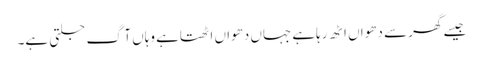
جیسے گھر سے دھواں اٹھ رہاہے جہاں دھواں اٹھتاہے وہاں آگ جلتی ہے۔